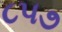
૮૫૭